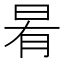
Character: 𭥯